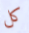
كل